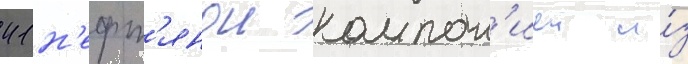
41 н'ефт'янои компан'иеи и́з